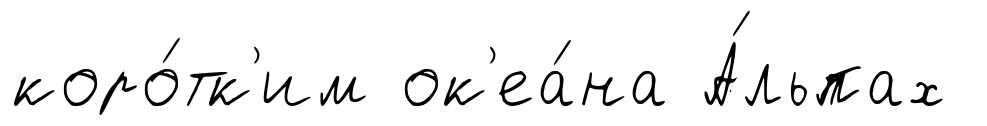
коро́тк'им ок'еа́на А́льпах